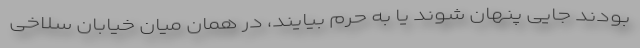
بودند جایی پنهان شوند یا به حرم بیایند، در همان میان خیابان سلاخی